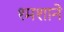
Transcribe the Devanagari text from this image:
श्मशाने